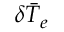
\delta \bar { T } _ { e }